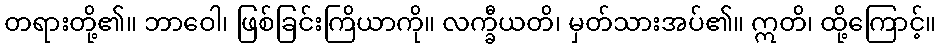
တရားတို့၏။ ဘာဝေါ၊ ဖြစ်ခြင်းကြိယာကို။ လက္ခီယတိ၊ မှတ်သားအပ်၏။ ဣတိ၊ ထို့ကြောင့်။